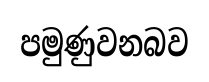
පමුණුවනබව